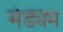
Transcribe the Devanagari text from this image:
मंड्यम